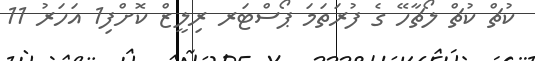
ކުޗް ކުޗް ލޯޗާހޭ ގެ ފުރަތަމަ ޕޯސްޓަރ ރިލީޒް ކޮށްފި1 އަހަރު 11